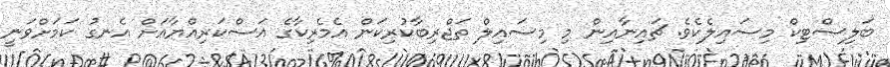
ބަލިސްޓިކް މިސައިލެކެވެ. ޗައިނާއިން މި މިސައިލް ތަޖްރިބާކުރިކަން އެމެރިކާގެ އަސްކަރިއްޔާއަށް އެނގު ކަމަށްވަނީ